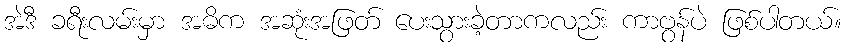
အဲဒီ ခရီးလမ်းမှာ အဓိက အဆုံးအဖြတ် ပေးသွားခဲ့တာကလည်း ကာဗွန်ပဲ ဖြစ်ပါတယ်။